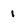
Character: 1